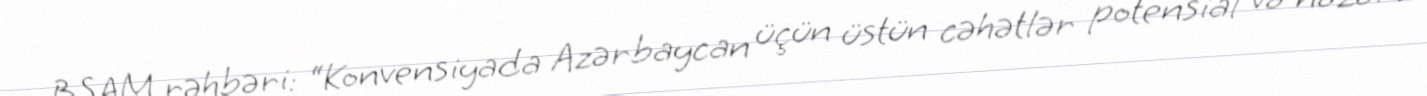
BSAM rəhbəri: “Konvensiyada Azərbaycan üçün üstün cəhətlər potensial və nəzəri